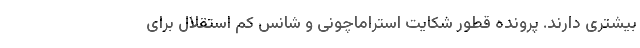
بیشتری دارند. پرونده قطور شکایت استراماچونی و شانس کم استقلال برای